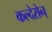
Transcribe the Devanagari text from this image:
कल्देरोन्